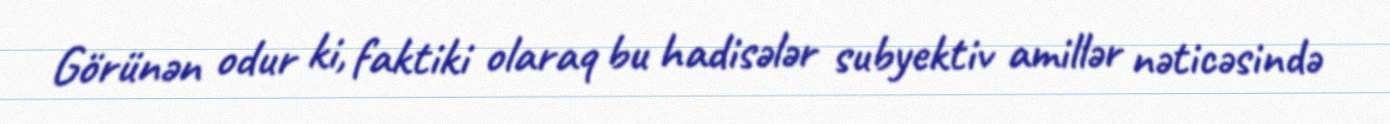
Görünən odur ki, faktiki olaraq bu hadisələr subyektiv amillər nəticəsində